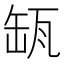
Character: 𦈪